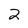
Character: 2